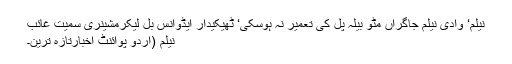
نیلم‘ وادی نیلم جاگراں مٹو بیلہ پل کی تعمیر نہ ہوسکی‘ ٹھیکیدار ایڈوانس بل لیکرمشینری سمیت غائب
نیلم (اُردو پوائنٹ اخبارتازہ ترین۔